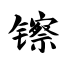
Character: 镲